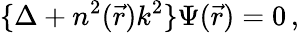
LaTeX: \{ \Delta+n^{2}(\vec{r})k^{2}\} \Psi(\vec{r})=0\, ,